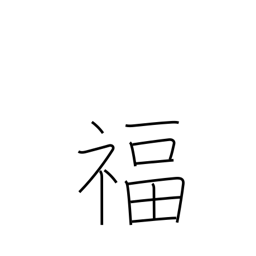
Meaning: luck